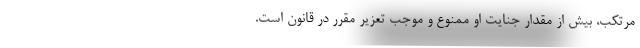
مرتکب، بیش از مقدار جنایت او ممنوع و موجب تعزیر مقرر در قانون است.